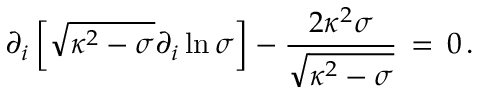
\partial _ { i } \left[ \sqrt { \kappa ^ { 2 } - \sigma } \partial _ { i } \ln { \sigma } \right] - { \frac { 2 \kappa ^ { 2 } \sigma } { \sqrt { \kappa ^ { 2 } - \sigma } } } \, = \, 0 \, .